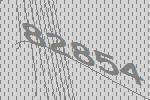
82854